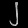
Digit: ၂